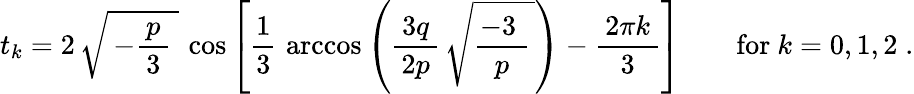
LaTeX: t_{k}=2\, {\sqrt{\, -{\frac{\, p\, }{3}}\; }}\, \cos\left[{\frac{1}{3}}\, \operatorname{arccos}\left({\frac{\, 3q\, }{2p}}\, {\sqrt{{\frac{-3\; }{p}}\, }}\right)-{\frac{\, 2\pi k\, }{3}}\right]\qquad{\mathrm{for}}~k=0,1,2\; .